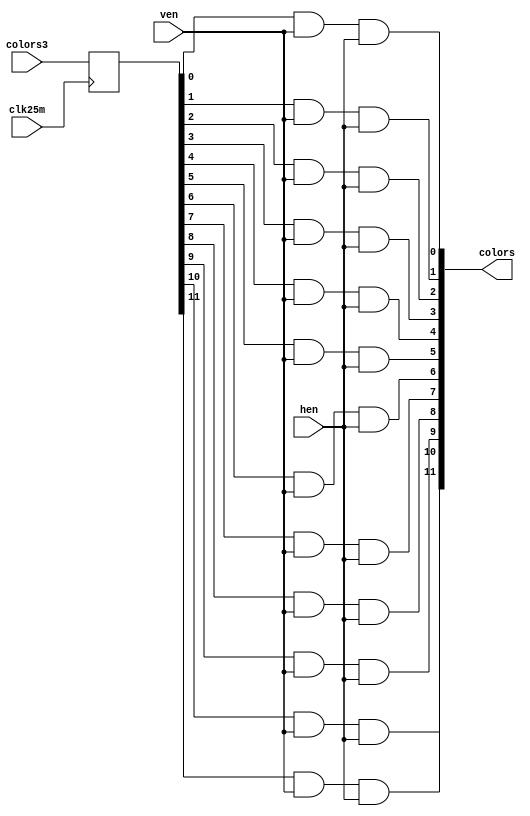
`timescale 1ns / 1ps
//////////////////////////////////////////////////////////////////////////////////
// Company: 
// Engineer: 
// 
// Design Name: 
// Module Name:    vgasmode 
// Project Name: 
// Target Devices: 
// Tool versions: 
// Description: 
//
// Dependencies: 
//
// Revision: 
// Revision 0.01 - File Created
// Additional Comments: 
//
//////////////////////////////////////////////////////////////////////////////////
module vgasmode(clk25m,hen, ven,colors3, colors);
   input            clk25m;

   input            hen;
   input            ven;

   input [11:0]      colors3;
   output [11:0]     colors;
   
   
   reg [11:0]        colorstmp;

   always @(posedge clk25m)
      colorstmp <= colors3;

   assign colors[0] = colorstmp[0] & ven & hen;
   assign colors[1] = colorstmp[1] & ven & hen;
   assign colors[2] = colorstmp[2] & ven & hen;
   assign colors[3] = colorstmp[3] & ven & hen;
   assign colors[4] = colorstmp[4] & ven & hen;
   assign colors[5] = colorstmp[5] & ven & hen;
	assign colors[6] = colorstmp[6] & ven & hen;
   assign colors[7] = colorstmp[7] & ven & hen;
   assign colors[8] = colorstmp[8] & ven & hen;
   assign colors[9] = colorstmp[9] & ven & hen;
   assign colors[10] = colorstmp[10] & ven & hen;
   assign colors[11] = colorstmp[11] & ven & hen;
   
endmodule